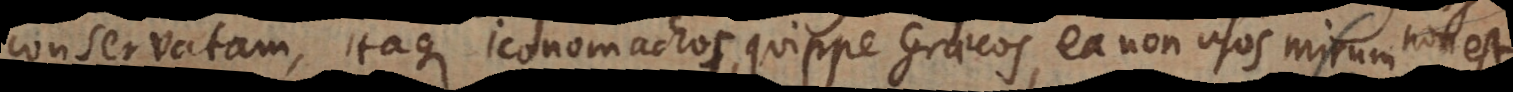
conservatam, itaque iconomachos, quippe Graecos, ea non usos mirum non est